Indian journal of veterinary science and animal husbandry - Volume 1,
Year: 1931
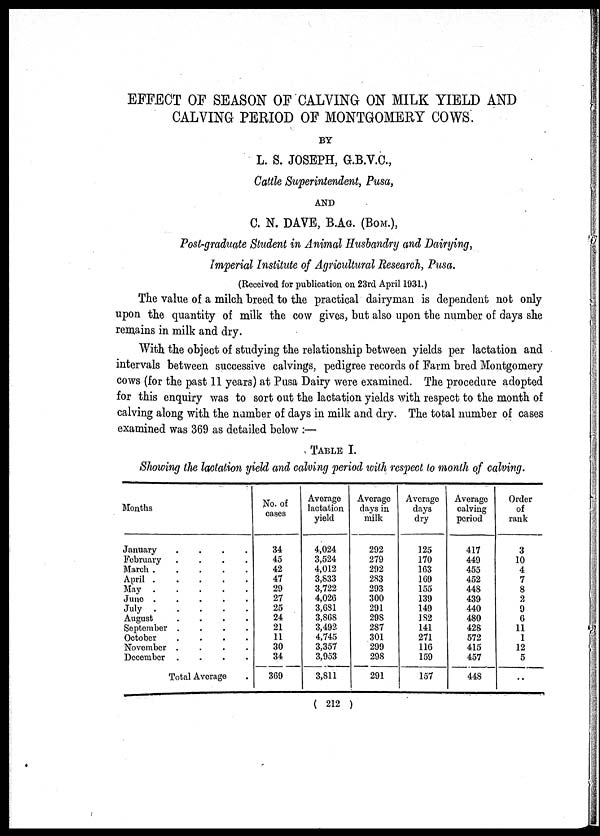
EFFECT OF SEASON OF CALVING ON MILK YIELD AND
CALVING PERIOD OF MONTGOMERY COWS.
BY
L. S. JOSEPH, G.B.V.C.,
Cattle Superintendent, Pusa,
AND
C. N. DAVE, B.AG. (BOM.),
Post-graduate Student in Animal Husbandry and Dairying,
Imperial Institute of Agricultural Research, Pusa.
(Received for publication on 23rd April 1931.)
The value of a milch breed to the practical dairyman is dependent not only
upon the quantity of milk the cow gives, but also upon the number of days she
remains in milk and dry.
With the object of studying the relationship between yields per lactation and
intervals between successive calvings, pedigree records of Farm bred Montgomery
cows (for the past 11 years) at Pusa Dairy were examined. The procedure adopted
for this enquiry was to sort out the lactation yields with respect to the month of
calving along with the number of days in milk and dry. The total number of cases
examined was 369 as detailed below :—
TABLE I.
Showing the lactation yield and calving period with respect to month of calving.
Months
January
February
March
April
May
June
July
August
September
October
November
December
.
.
.
.
.
.
.
.
.
.
.
.
.
.
.
.
.
.
.
.
.
.
.
.
.
.
.
.
.
.
.
.
.
.
.
.
Total Average
.
.
.
.
.
.
.
.
.
.
.
.
.
No. of
cases
34
45
42
47
29
27
25
24
21
11
30
34
369
Average
lactation
yield
4,024
3,524
4,012
3,833
3,722
4,026
3,681
3,868
3,492
4,745
3,357
3,953
3,811
Average
days in
milk
292
279
292
283
293
300
291
298
287
301
299
298
291
Average
days
dry
125
170
163
169
155
139
149
182
141
271
116
159
157
Average
calving
period
417
449
455
452
448
439
440
480
428
572
415
457
448
Order
of
rank
3
10
4
7
8
2
9
6
11
1
12
5
..
( 212 )